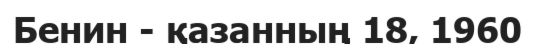
Бенин - қазанның 18, 1960